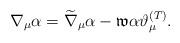
LaTeX: \begin{align*}\nabla _{\mu }\alpha =\widetilde{\nabla }_{\mu }\alpha -\mathfrak{w}\alpha\vartheta _{\mu }^{{\footnotesize (T)}}. \end{align*}